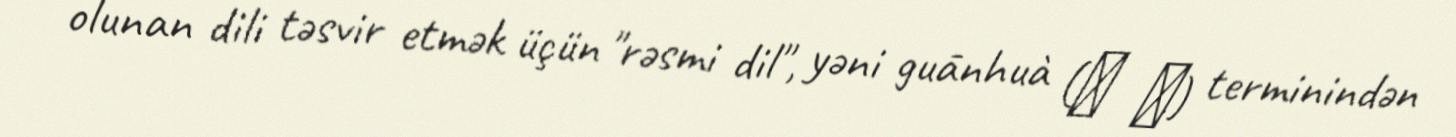
olunan dili təsvir etmək üçün "rəsmi dil", yəni guānhuà (官 话) terminindən